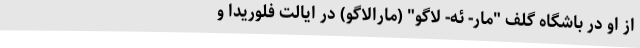
از او در باشگاه گلف "مار- ئه- لاگو" (مارالاگو) در ایالت فلوریدا و